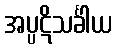
အပ္ပဋိသင်္ခါယ